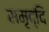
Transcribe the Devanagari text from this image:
समृद्दि